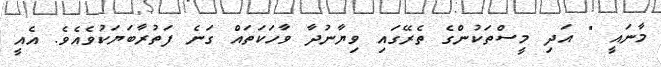
މާނައީ " އަދި މީސްތަކުންގެ ތެރޭގައި ވިޔާނުދާ ވާހަކަތައް ގަނެ ފަތުރާބަޔަކުވެއެވެ. އެއީ